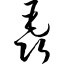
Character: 毳